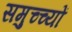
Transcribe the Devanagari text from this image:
समुच्च्यों